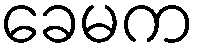
ခေမက